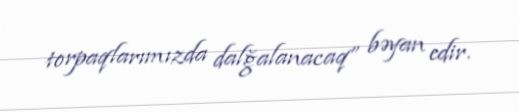
torpaqlarımızda dalğalanacaq” bəyan edir.